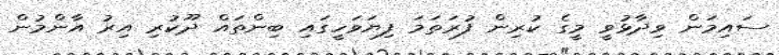
ސައިމަން ވިދާޅުވީ މީގެ ކުރިން ފުރަތަމަ ފިޔަވަހީގައި ބިންތައް ދޫކުރި އިރު އާންމުން